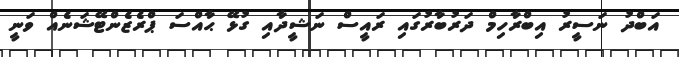
އަބްދު ނަސީރު އިބްރާހިމް ދަރުބާރުގައި ރައީސް ނަޝީދާއި ގުޅޭ ޙާއްސަ ޕްރެޒެންޓޭޝަނެއް ވަނީ